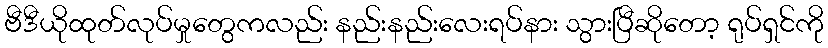
ဗီဒီယိုထုတ်လုပ်မှုတွေကလည်း နည်းနည်းလေးရပ်နား သွားပြီဆိုတော့ ရုပ်ရှင်ကို